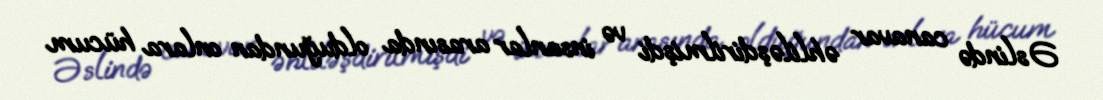
Əslində canavar əhliləşdirilmişdi və insanlar arasında olduğundan onlara hücum